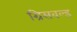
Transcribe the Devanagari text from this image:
ग्रिसवल्ड